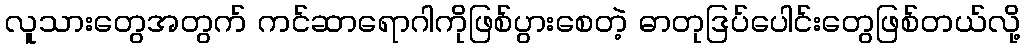
လူသားတွေအတွက် ကင်ဆာရောဂါကိုဖြစ်ပွားစေတဲ့ ဓာတုဒြပ်ပေါင်းတွေဖြစ်တယ်လို့